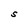
Character: S